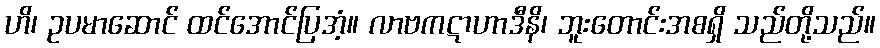
ဟိ၊ ဥပမာဆောင် ထင်အောင်ပြအံ့။ လာဗကဋာဟာဒီနိ၊ ဘူးတောင်းအစရှိ သည်တို့သည်။